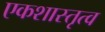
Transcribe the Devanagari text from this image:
एकशास्तृत्व